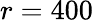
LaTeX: r=400